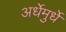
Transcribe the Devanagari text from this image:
अर्धेमुर्धे